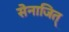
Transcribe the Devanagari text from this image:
सेनाजित्